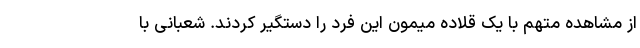
از مشاهده متهم با یک قلاده میمون این فرد را دستگیر کردند. شعبانی با